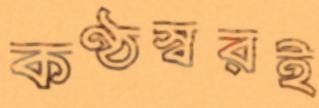
কণ্ঠস্বরই